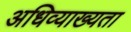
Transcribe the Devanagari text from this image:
अधिव्याख्यता